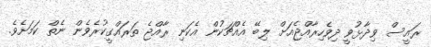
ރައީސް ވިދާޅުވީ ދިވެހިރާއްޖެއަށް ލިބޭ އެއްޗަކުން އެކަނި ރާއްޖެ ތަރައްގީކުރެވެން ނެތް ކަމަށެވެ.